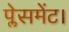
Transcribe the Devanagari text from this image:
प्लेसमेंट।